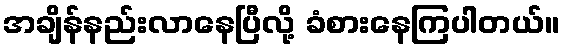
အချိန်နည်းလာနေပြီလို့ ခံစားနေကြပါတယ်။